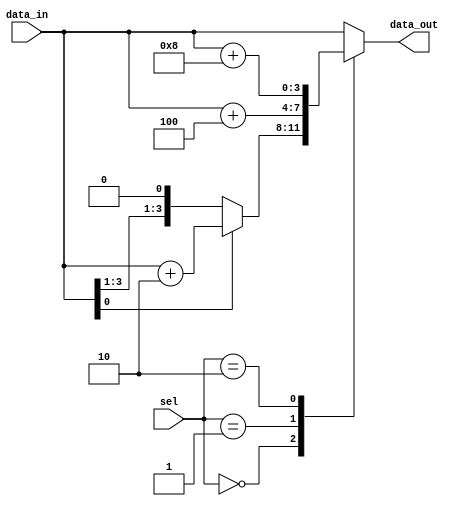
module case_if_else_example (
    input wire [1:0] sel,
    input wire [3:0] data_in,
    output reg [3:0] data_out
);

always @* begin
    case(sel)
        2'b00: begin
            if(data_in[0] == 1'b1) begin
                data_out = data_in + 4'b0010;
            end
            else begin
                data_out = data_in;
            end
        end
        2'b01: data_out = data_in + 4'b0100;
        2'b10: data_out = data_in + 4'b1000;
        default: data_out = data_in;
    endcase
end

endmodule